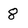
Character: 8